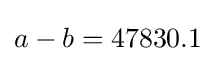
a-b=47830.1